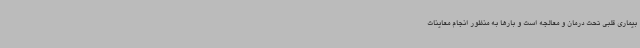
بیماری قلبی تحت درمان و معالجه است و بارها به منظور انجام معاینات